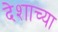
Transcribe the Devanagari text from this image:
देशाच्‍या